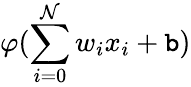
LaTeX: \varphi(\sum_{i=0}^{\mathcal{N}}w_{i}x_{i}+\mathtt{b})